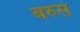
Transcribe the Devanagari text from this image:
बरुस